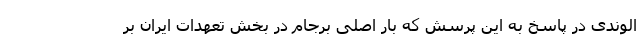
الوندی در پاسخ به این پرسش که بار اصلی برجام در بخش تعهدات ایران بر